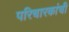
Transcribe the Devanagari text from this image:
परिचारकांची